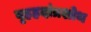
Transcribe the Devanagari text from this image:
बृहहदांत्रशोथ